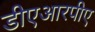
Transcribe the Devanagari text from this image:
डीएआरपीए